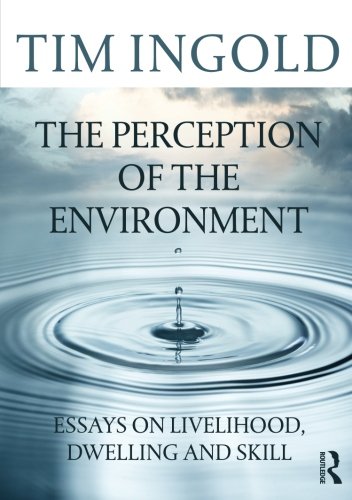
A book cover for The Perception of the Environment: Essays on Livelihood, Dwelling and Skill; Tim Ingold; Politics & Social Sciences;